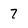
Character: 7